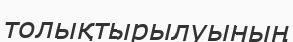
толықтырылуының